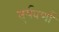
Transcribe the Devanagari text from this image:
तुर्यवर्णा